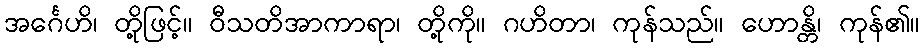
အင်္ဂေဟိ၊ တို့ဖြင့်။ ဝီသတိအာကာရာ၊ တို့ကို။ ဂဟိတာ၊ ကုန်သည်။ ဟောန္တိ၊ ကုန်၏။